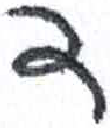
אות: ד